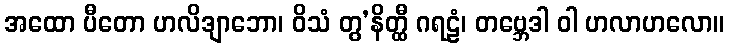
အထော ပီတော ဟလိဒျာဘော၊ ဝိသံ တွ’နိတ္ထီ ဂရဠံ၊ တဗ္ဘေဒါ ဝါ ဟလာဟလော။